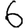
Digit: 6